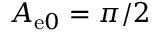
A _ { \mathrm { e } 0 } = \pi / 2